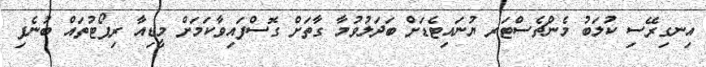
އިނގިރޭސި ކުލަބު މެންޗެސްޓަރ ޔުނައިޓެޑަށް ބަދަލުވުމާ ގާތަށް ގޮސްފައިވާކަމަށް މީޑިއާ ރިޕޯޓުތައް ބުނެފި